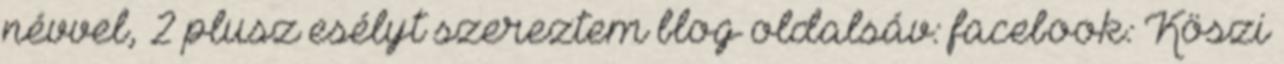
névvel, 2 plusz esélyt szereztem blog oldalsáv: facebook: Köszi